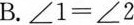
B.$$∠ 1 = ∠ 2$$